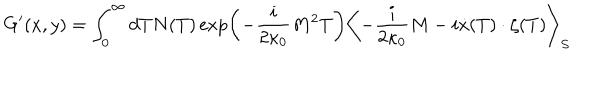
LaTeX: G ^ { \prime } ( x , y ) = \int _ { 0 } ^ { \infty } d T N ( T ) \exp \left( - \frac { i } { 2 \kappa _ { 0 } } M ^ { 2 } T \right) \left< - \frac { i } { 2 \kappa _ { 0 } } M - i \dot { x } ( T ) \cdot \zeta ( T ) \right> _ { S }